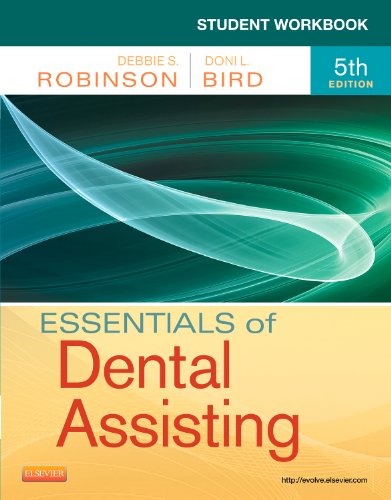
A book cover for Student Workbook for Essentials of Dental Assisting, 5e; Debbie S. Robinson CDA  MS; Medical Books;